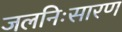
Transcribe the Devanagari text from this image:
जलनिःसारण